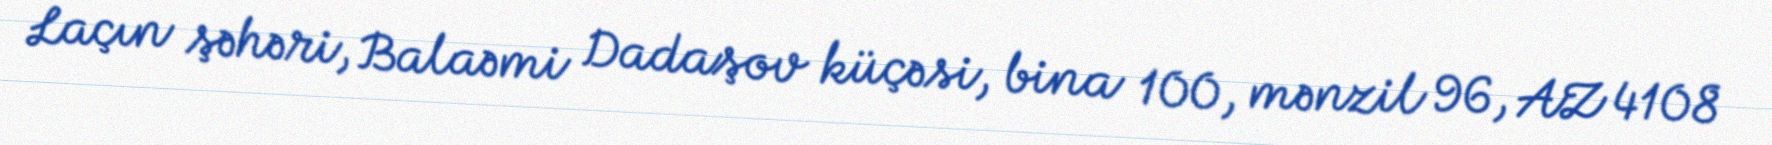
Laçın şəhəri, Balaəmi Dadaşov küçəsi, bina 100, mənzil 96, AZ 4108